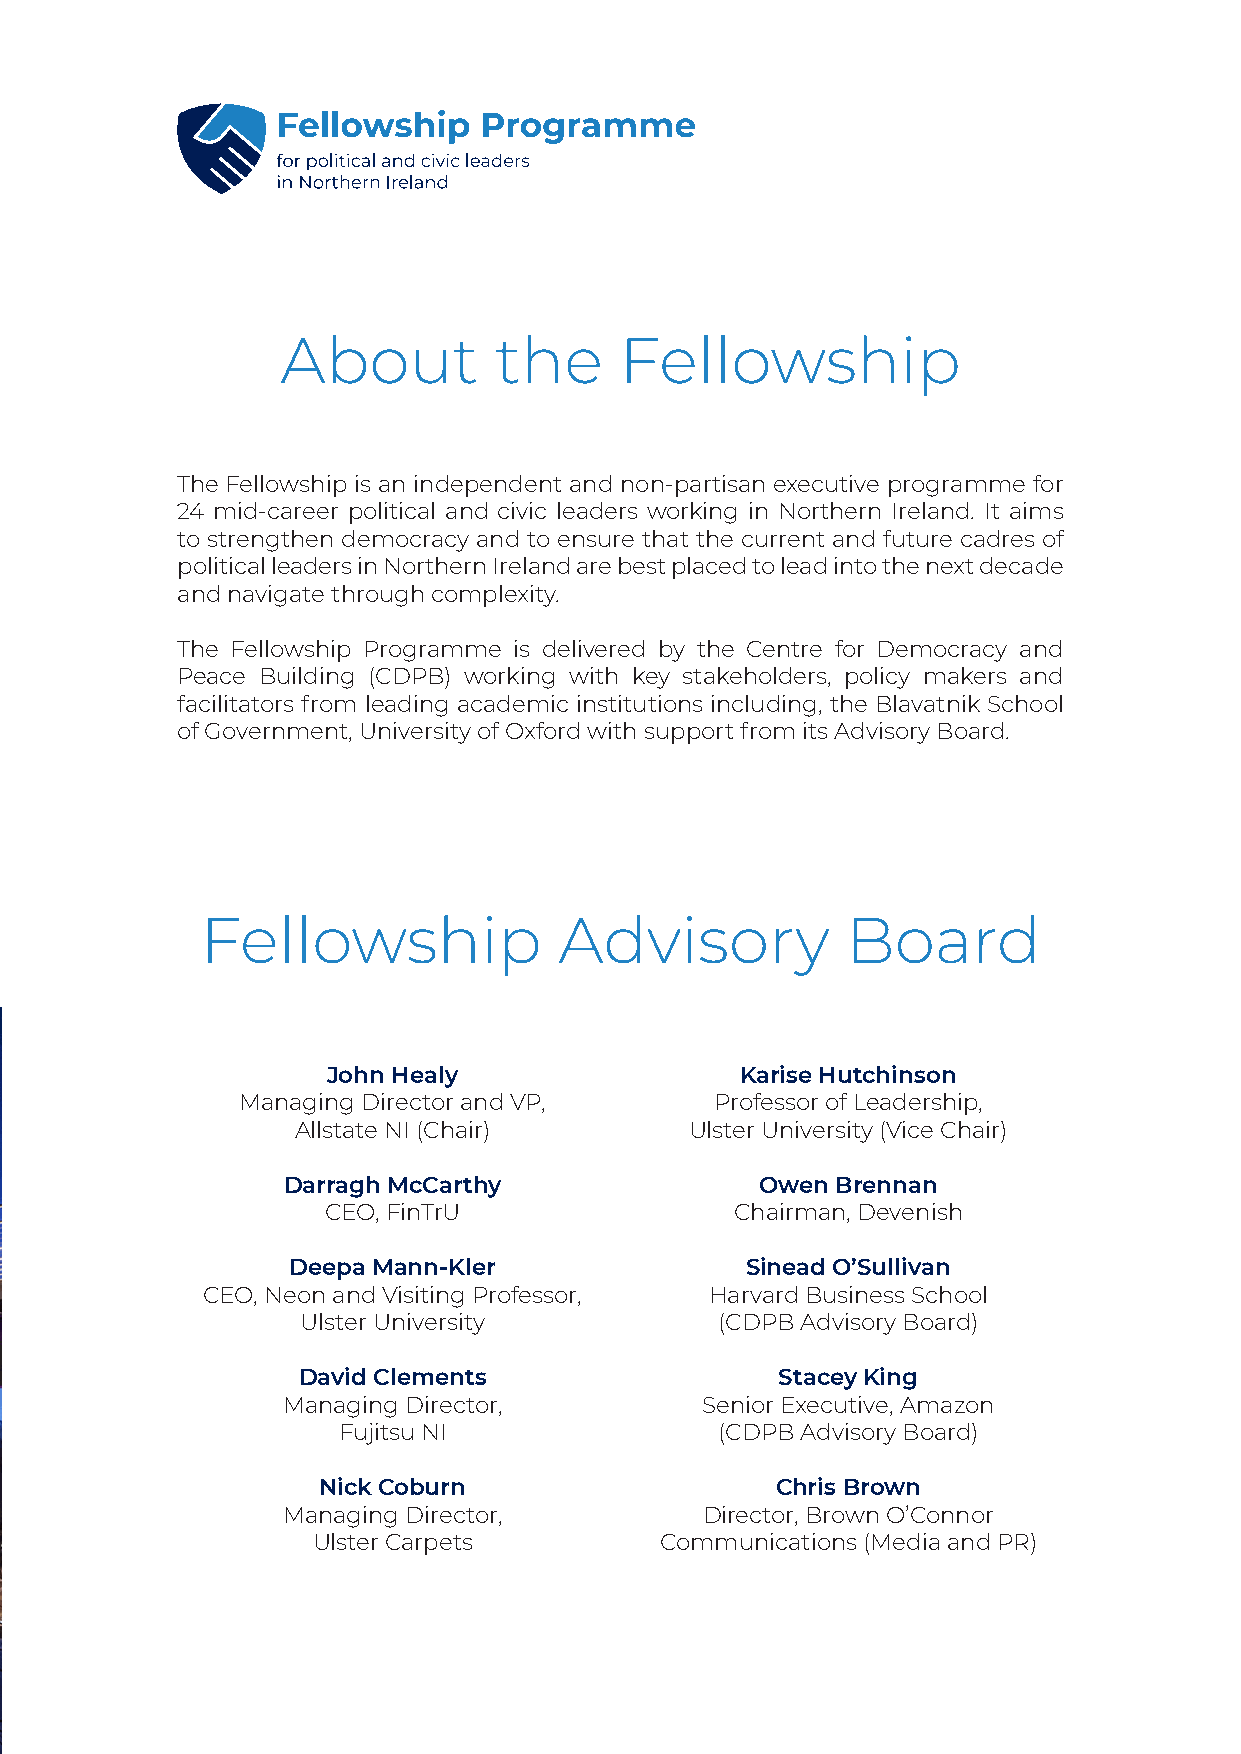
About         the     Fellowship
 The Fellowship is an independent and non-partisan executive programme for
 24 mid-career political and civic leaders working in Northern Ireland. It aims
 to strengthen democracy and to ensure that the current and future cadres of
 political leaders in Northern Ireland are best placed to lead into the next decade
 and navigate through complexity.
 The Fellowship Programme is delivered by the Centre for Democracy and
 Peace Building (CDPB) working with key stakeholders, policy makers and
 facilitators from leading academic institutions including, the Blavatnik School
 of Government, University of Oxford with support from its Advisory Board.
 Fellowship              Advisory           Board
 John Healy                 Karise Hutchinson
 Managing Director and VP,      Professor of Leadership,
 Allstate NI (Chair)        Ulster University (Vice Chair)
 Darragh McCarthy               Owen Brennan
 CEO, FinTrU                 Chairman, Devenish
 Deepa Mann-Kler               Sinead O’Sullivan
 CEO, Neon and Visiting Professor, Harvard Business School
 Ulster University           (CDPB Advisory Board)
 David Clements                  Stacey King
 Managing Director,         Senior Executive, Amazon
 Fujitsu NI                (CDPB Advisory Board)
 Nick Coburn                   Chris Brown
 Managing Director,          Director, Brown O’Connor
 Ulster Carpets         Communications (Media and PR)